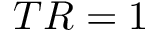
T R = 1